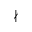
\nmid